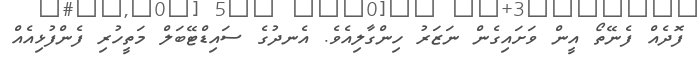
ފޮދެއް ފެނޭތޯ އީން ވަށައިގެން ނަޒަރު ހިންގާލިއެވެ. އެނދުގެ ސައިޑްޓޭބަލް މަތީހުރި ފެންފުޅިއެއް